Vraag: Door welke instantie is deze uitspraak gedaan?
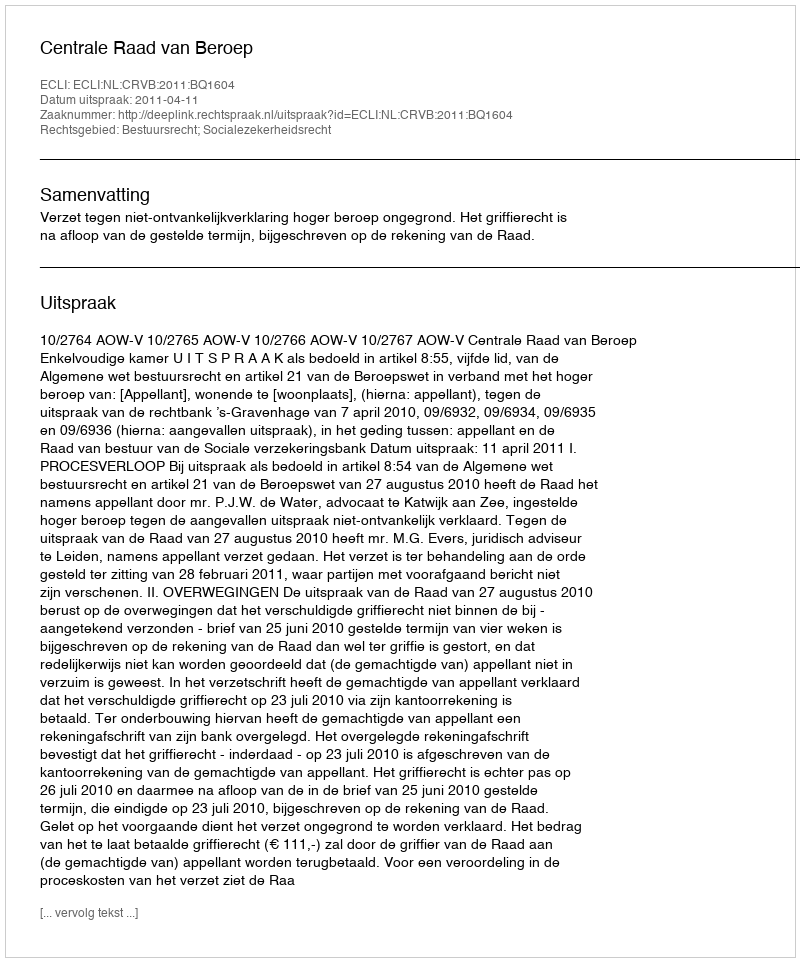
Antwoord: Centrale Raad van Beroep